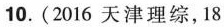
10.(2016天津理综，18